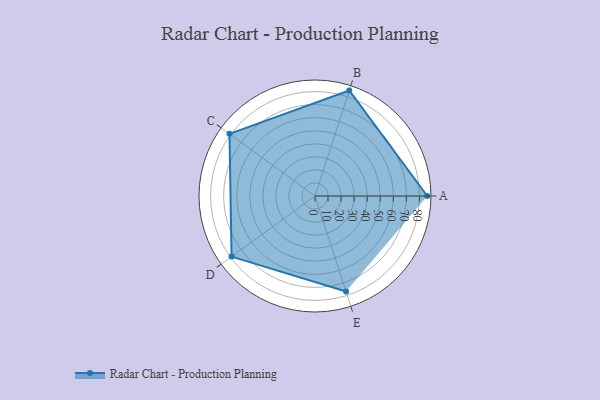
{"axis": {"x": "Skill", "y": "Score"}, "legend": ["Profile"], "data": [{"x": "A", "y": 86.0, "type": "Profile"}, {"x": "B", "y": 85.0, "type": "Profile"}, {"x": "C", "y": 81.0, "type": "Profile"}, {"x": "D", "y": 79.0, "type": "Profile"}, {"x": "E", "y": 77.0, "type": "Profile"}]}